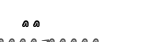
٢٥